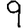
Digit: 9